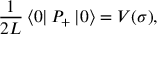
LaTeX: { \frac { 1 } { 2 L } } \left\langle 0 \right\vert P _ { + } \left\vert 0 \right\rangle = V ( \sigma ) ,